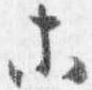
等